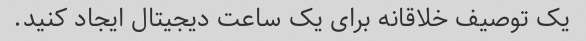
یک توصیف خلاقانه برای یک ساعت دیجیتال ایجاد کنید.